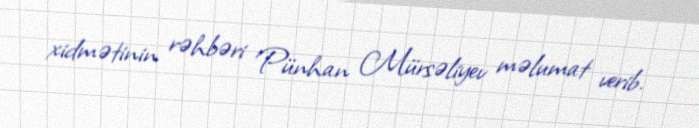
xidmətinin rəhbəri Pünhan Mürsəliyev məlumat verib.